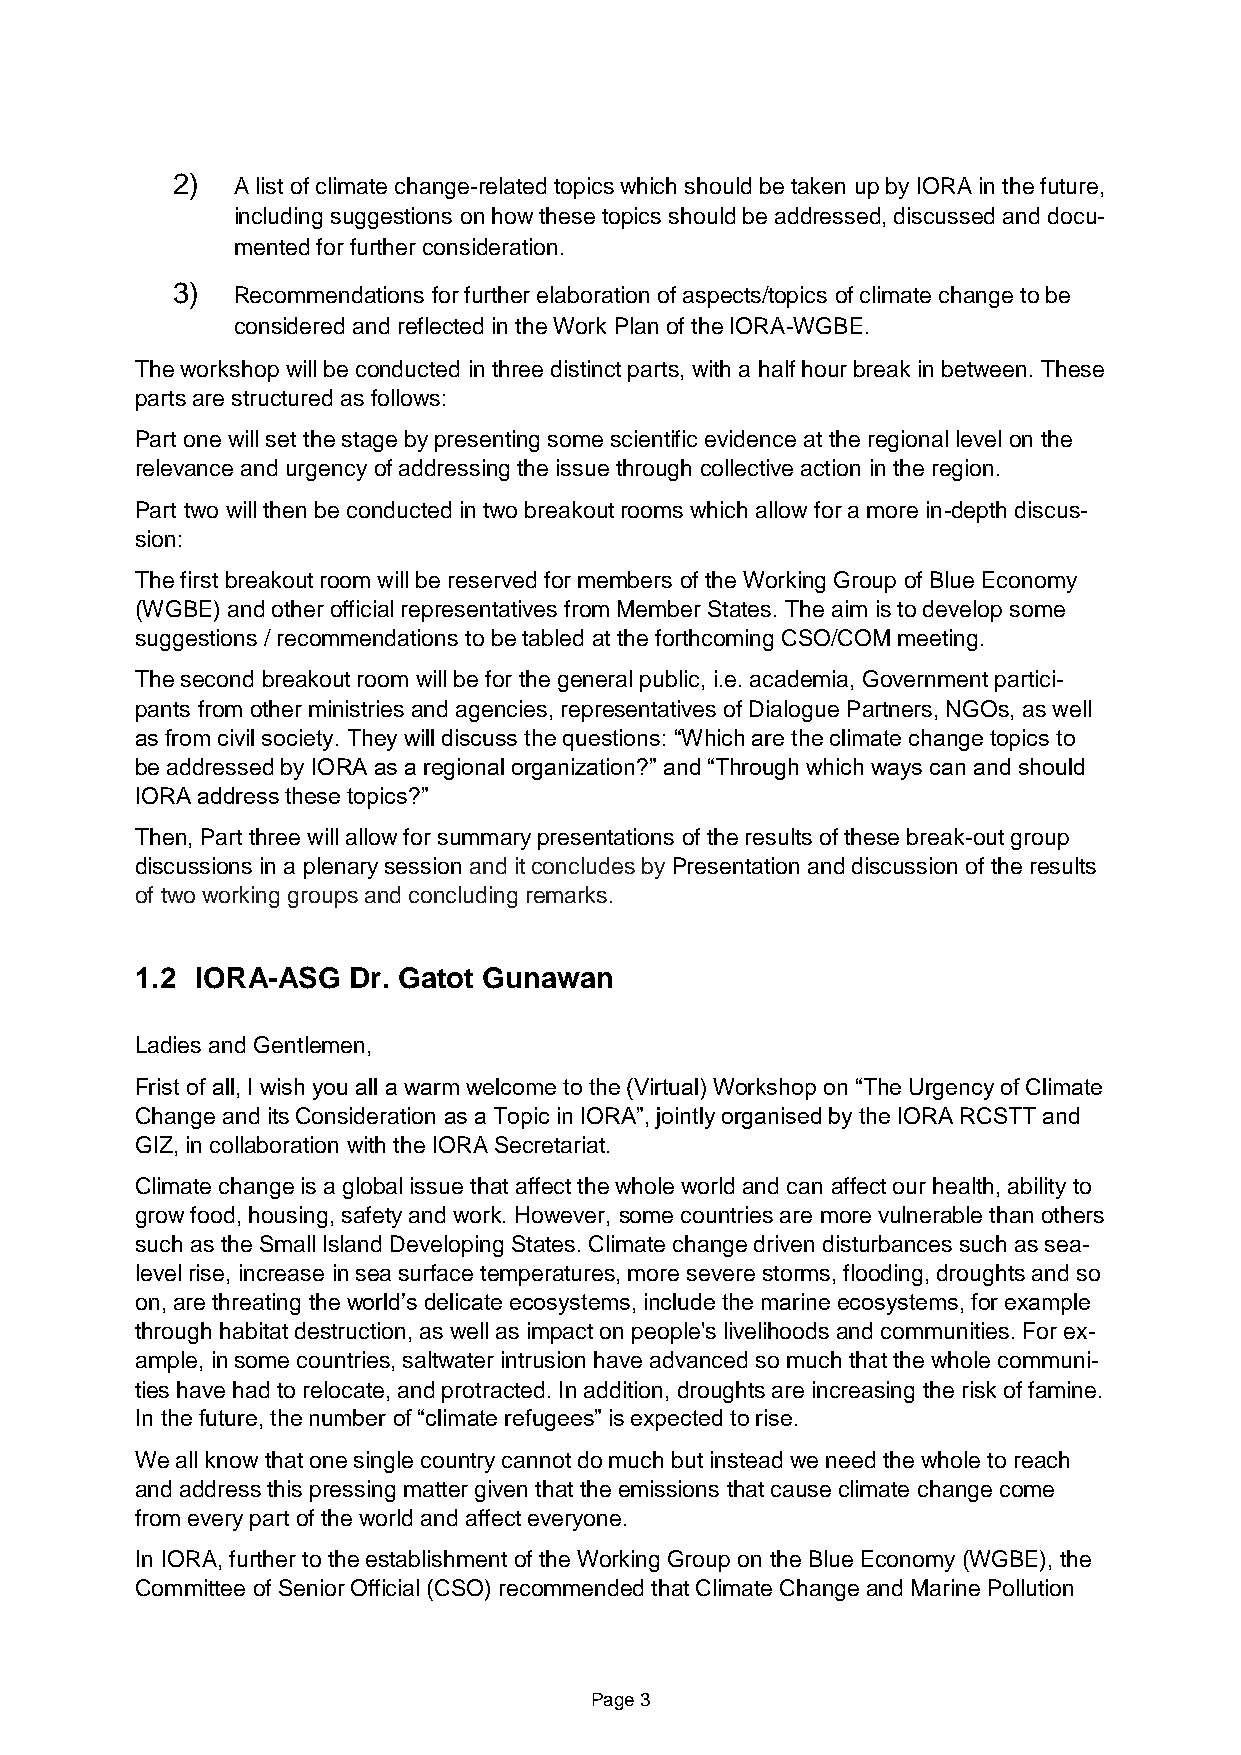
2)  A list of climate change-related topics which should be taken up by IORA in the future,
 including suggestions on how these topics should be addressed, discussed and docu-
 mented for further consideration.
 3)  Recommendations for further elaboration of aspects/topics of climate change to be
 considered and reflected in the Work Plan of the IORA-WGBE.
 The workshop will be conducted in three distinct parts, with a half hour break in between. These
 parts are structured as follows:
 Part one will set the stage by presenting some scientific evidence at the regional level on the
 relevance and urgency of addressing the issue through collective action in the region.
 Part two will then be conducted in two breakout rooms which allow for a more in-depth discus-
 sion:
 The first breakout room will be reserved for members of the Working Group of Blue Economy
 (WGBE) and other official representatives from Member States. The aim is to develop some
 suggestions / recommendations to be tabled at the forthcoming CSO/COM meeting.
 The second breakout room will be for the general public, i.e. academia, Government partici-
 pants from other ministries and agencies, representatives of Dialogue Partners, NGOs, as well
 as from civil society. They will discuss the questions: “Which are the climate change topics to
 be addressed by IORA as a regional organization?” and “Through which ways can and should
 IORA address these topics?”
 Then, Part three will allow for summary presentations of the results of these break-out group
 discussions in a plenary session and it concludes by Presentation and discussion of the results
 of two working groups and concluding remarks.
 1.2 IORA-ASG  Dr. Gatot Gunawan
 Ladies and Gentlemen,
 Frist of all, I wish you all a warm welcome to the (Virtual) Workshop on “The Urgency of Climate
 Change and its Consideration as a Topic in IORA”, jointly organised by the IORA RCSTT and
 GIZ, in collaboration with the IORA Secretariat.
 Climate change is a global issue that affect the whole world and can affect our health, ability to
 grow food, housing, safety and work. However, some countries are more vulnerable than others
 such as the Small Island Developing States. Climate change driven disturbances such as sea-
 level rise, increase in sea surface temperatures, more severe storms, flooding, droughts and so
 on, are threating the world’s delicate ecosystems, include the marine ecosystems, for example
 through habitat destruction, as well as impact on people's livelihoods and communities. For ex-
 ample, in some countries, saltwater intrusion have advanced so much that the whole communi-
 ties have had to relocate, and protracted. In addition, droughts are increasing the risk of famine.
 In the future, the number of “climate refugees” is expected to rise.
 We all know that one single country cannot do much but instead we need the whole to reach
 and address this pressing matter given that the emissions that cause climate change come
 from every part of the world and affect everyone.
 In IORA, further to the establishment of the Working Group on the Blue Economy (WGBE), the
 Committee of Senior Official (CSO) recommended that Climate Change and Marine Pollution
 Page 3